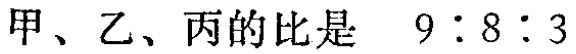
甲、乙、丙的比是 \(9:8:3\)